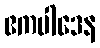
ဧကပါဒေန